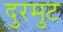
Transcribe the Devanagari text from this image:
दुरमुट